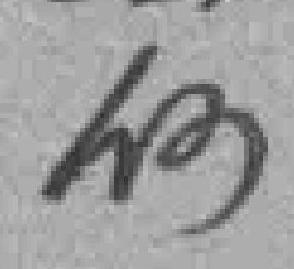
何